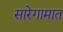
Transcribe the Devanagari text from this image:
सारेगामात